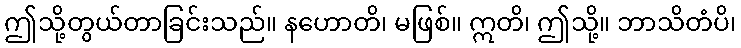
ဤသို့တွယ်တာခြင်းသည်။ နဟောတိ၊ မဖြစ်။ ဣတိ၊ ဤသို့။ ဘာသိတံပိ၊